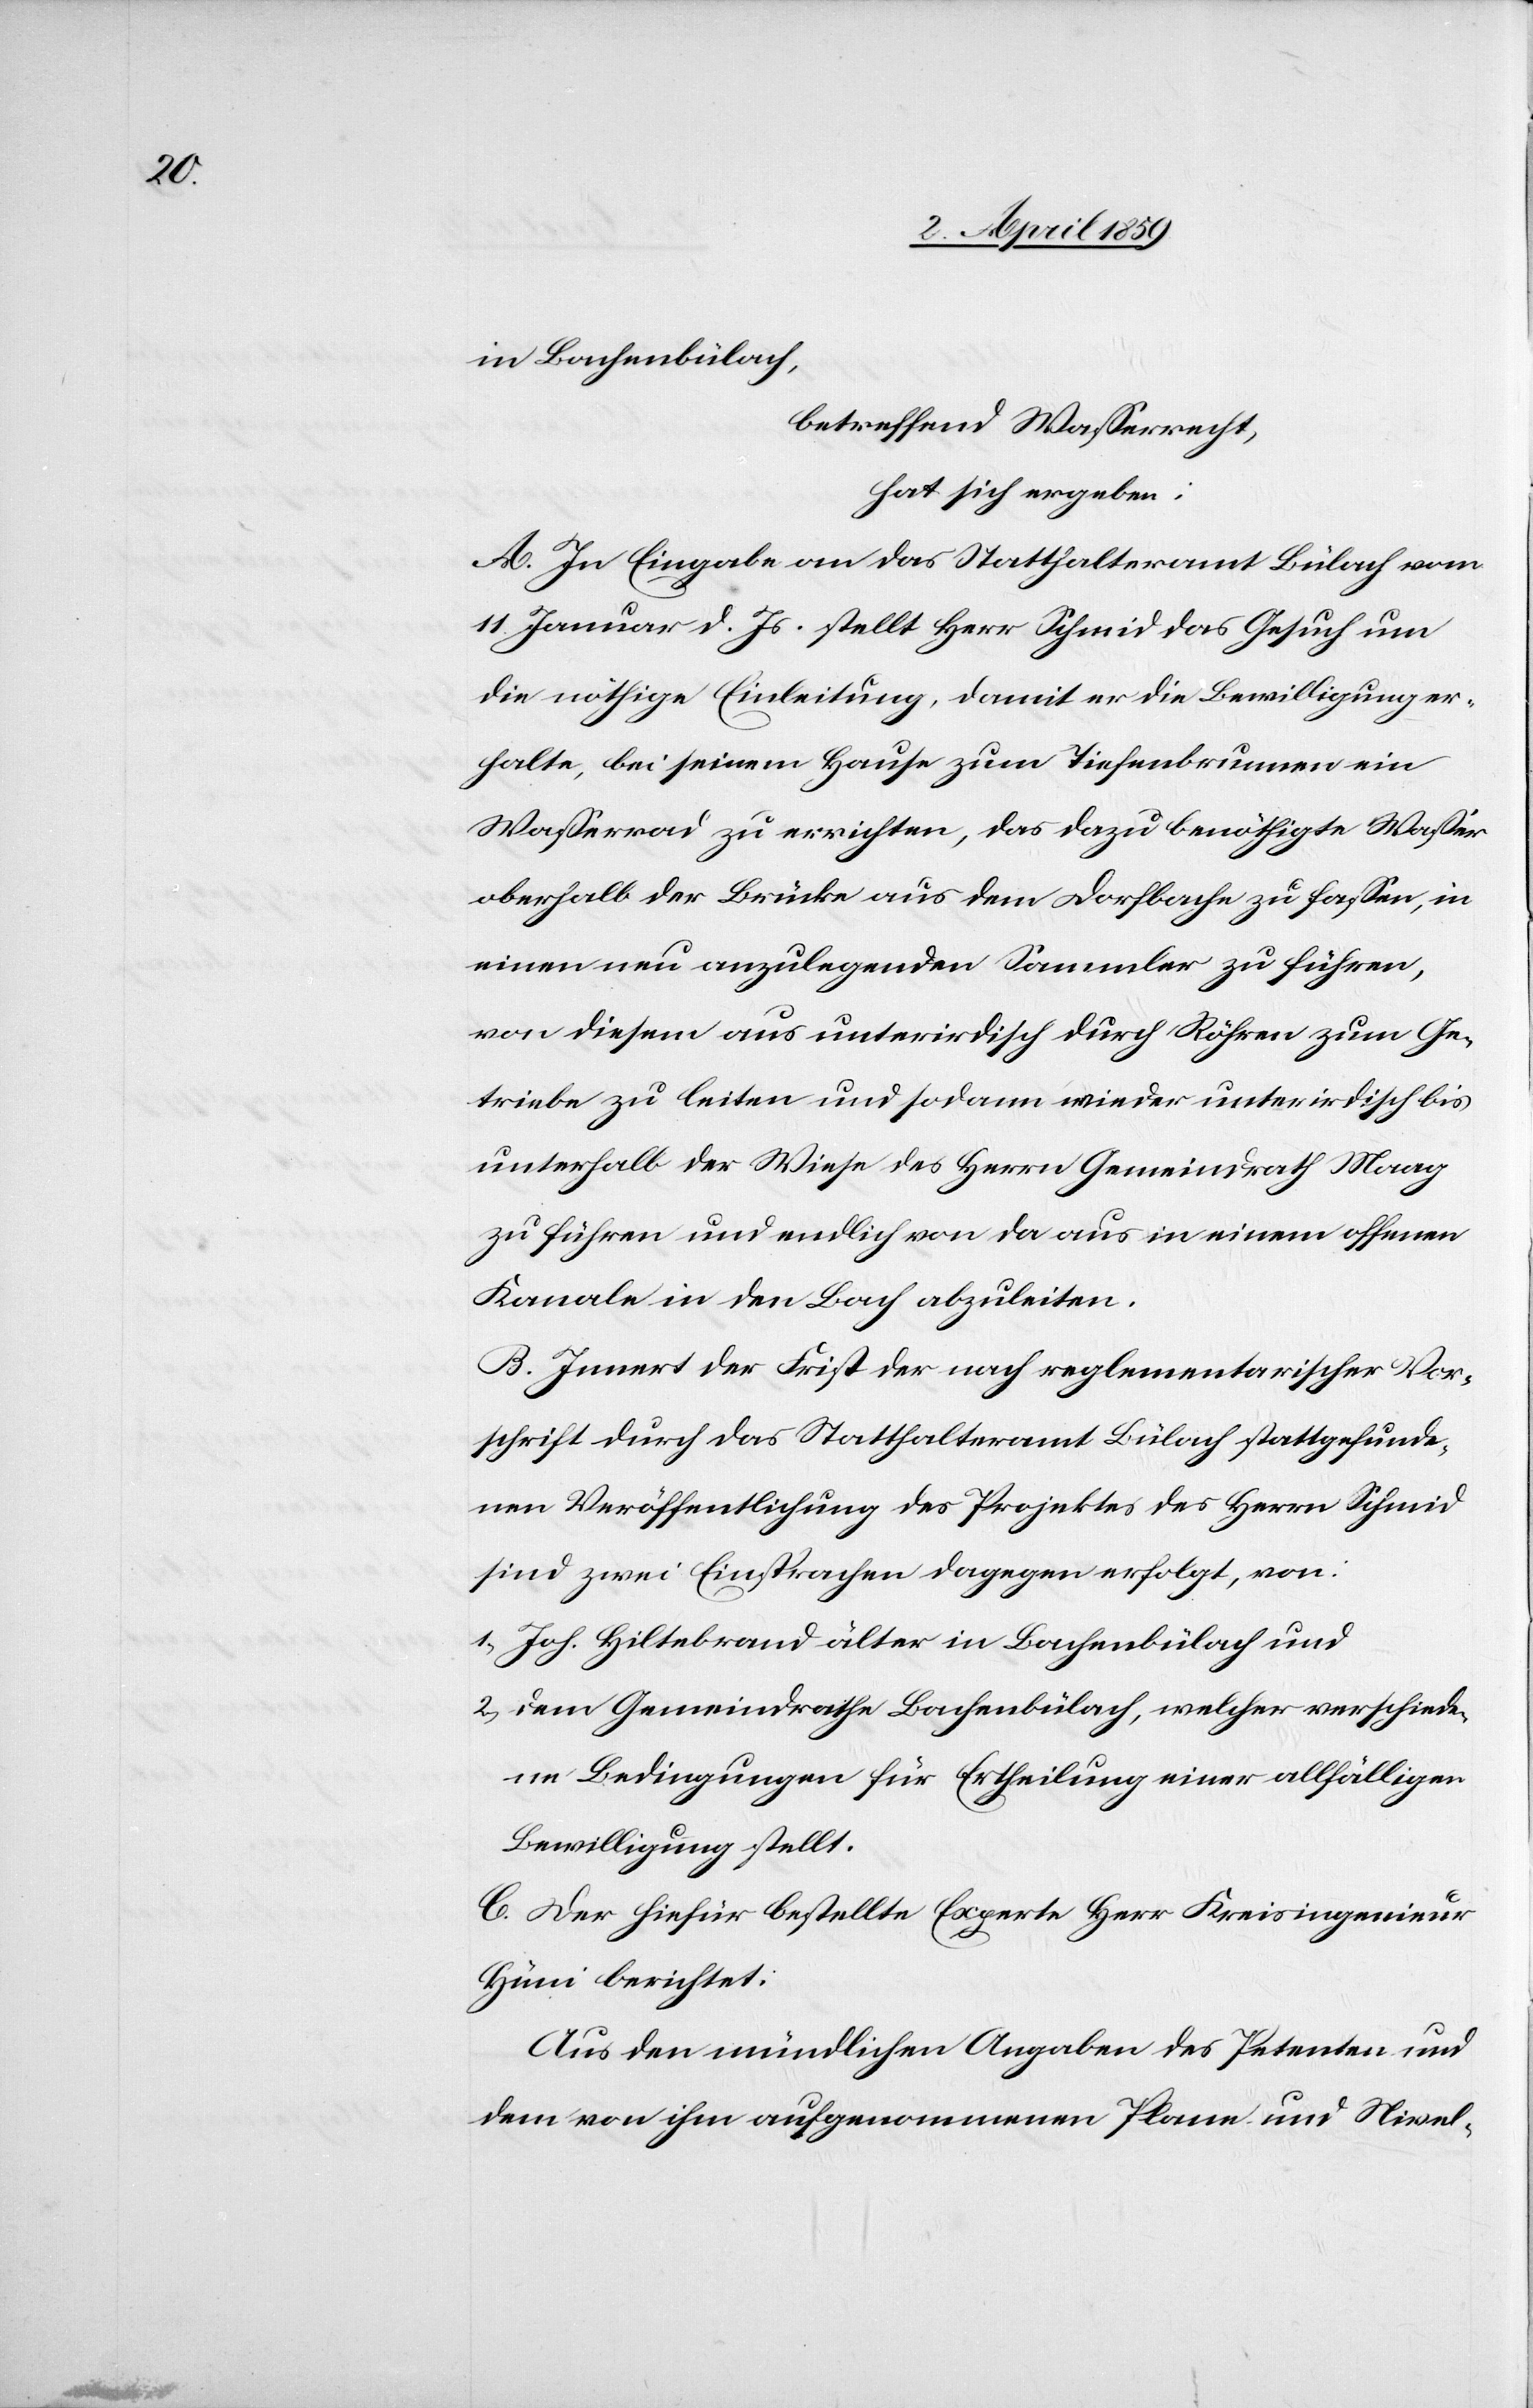
in Bachenbülach,
betreffend Waßerrecht,
hat sich ergeben:
A. In Eingabe an das Statthalteramt Bülach vom
11. Januar d. Js. stellt Herr Schmid das Gesuch um
die nöthige Einleitung, damit er die Bewilligung er¬
halte, bei seinem Hause zum Tiefenbrunnen ein
Waßerrad zu errichten, das dazu benöthigte Waßer
oberhalb der Brücke aus dem Dorfbache zu faßen, in
einen neu anzulegenden Sammler zu führen,
von diesem aus unterirdisch durch Röhren zum Ge¬
triebe zu leiten und sodann wieder unterirdisch bis
unterhalb der Wiese des Herrn Gemeindrath Maag
zu führen und endlich von da aus in einem offenen
Kanale in den Bach abzuleiten.
B. Innert der Frist der nach reglementarischer Vor¬
schrift durch das Statthalteramt Bülach stattgefunde¬
nen Veröffentlichung des Projektes des Herrn Schmid
sind zwei Einsprachen dagegen erfolgt, von:
1) Joh. Hiltebrand älter in Bachenbülach und
2) dem Gemeindrathe Bachenbülach, welcher verschiede¬
ne Bedingungen für Ertheilung einer allfälligen
Bewilligung stellt.
C. Der hiefür bestellte Experte Herr Kreisingenieur
Hüni berichtet:
Aus den mündlichen Angaben des Petenten und
dem von ihm aufgenommenen Plane und Nivel-